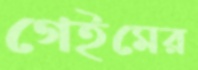
গেইমের